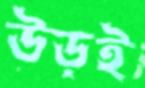
উড়ই